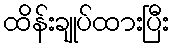
ထိန်းချုပ်ထားပြီး